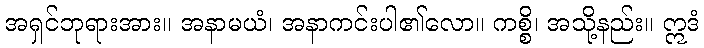
အရှင်ဘုရားအား။ အနာမယံ၊ အနာကင်းပါ၏လော။ ကစ္စိ၊ အသို့နည်း။ ဣဒံ